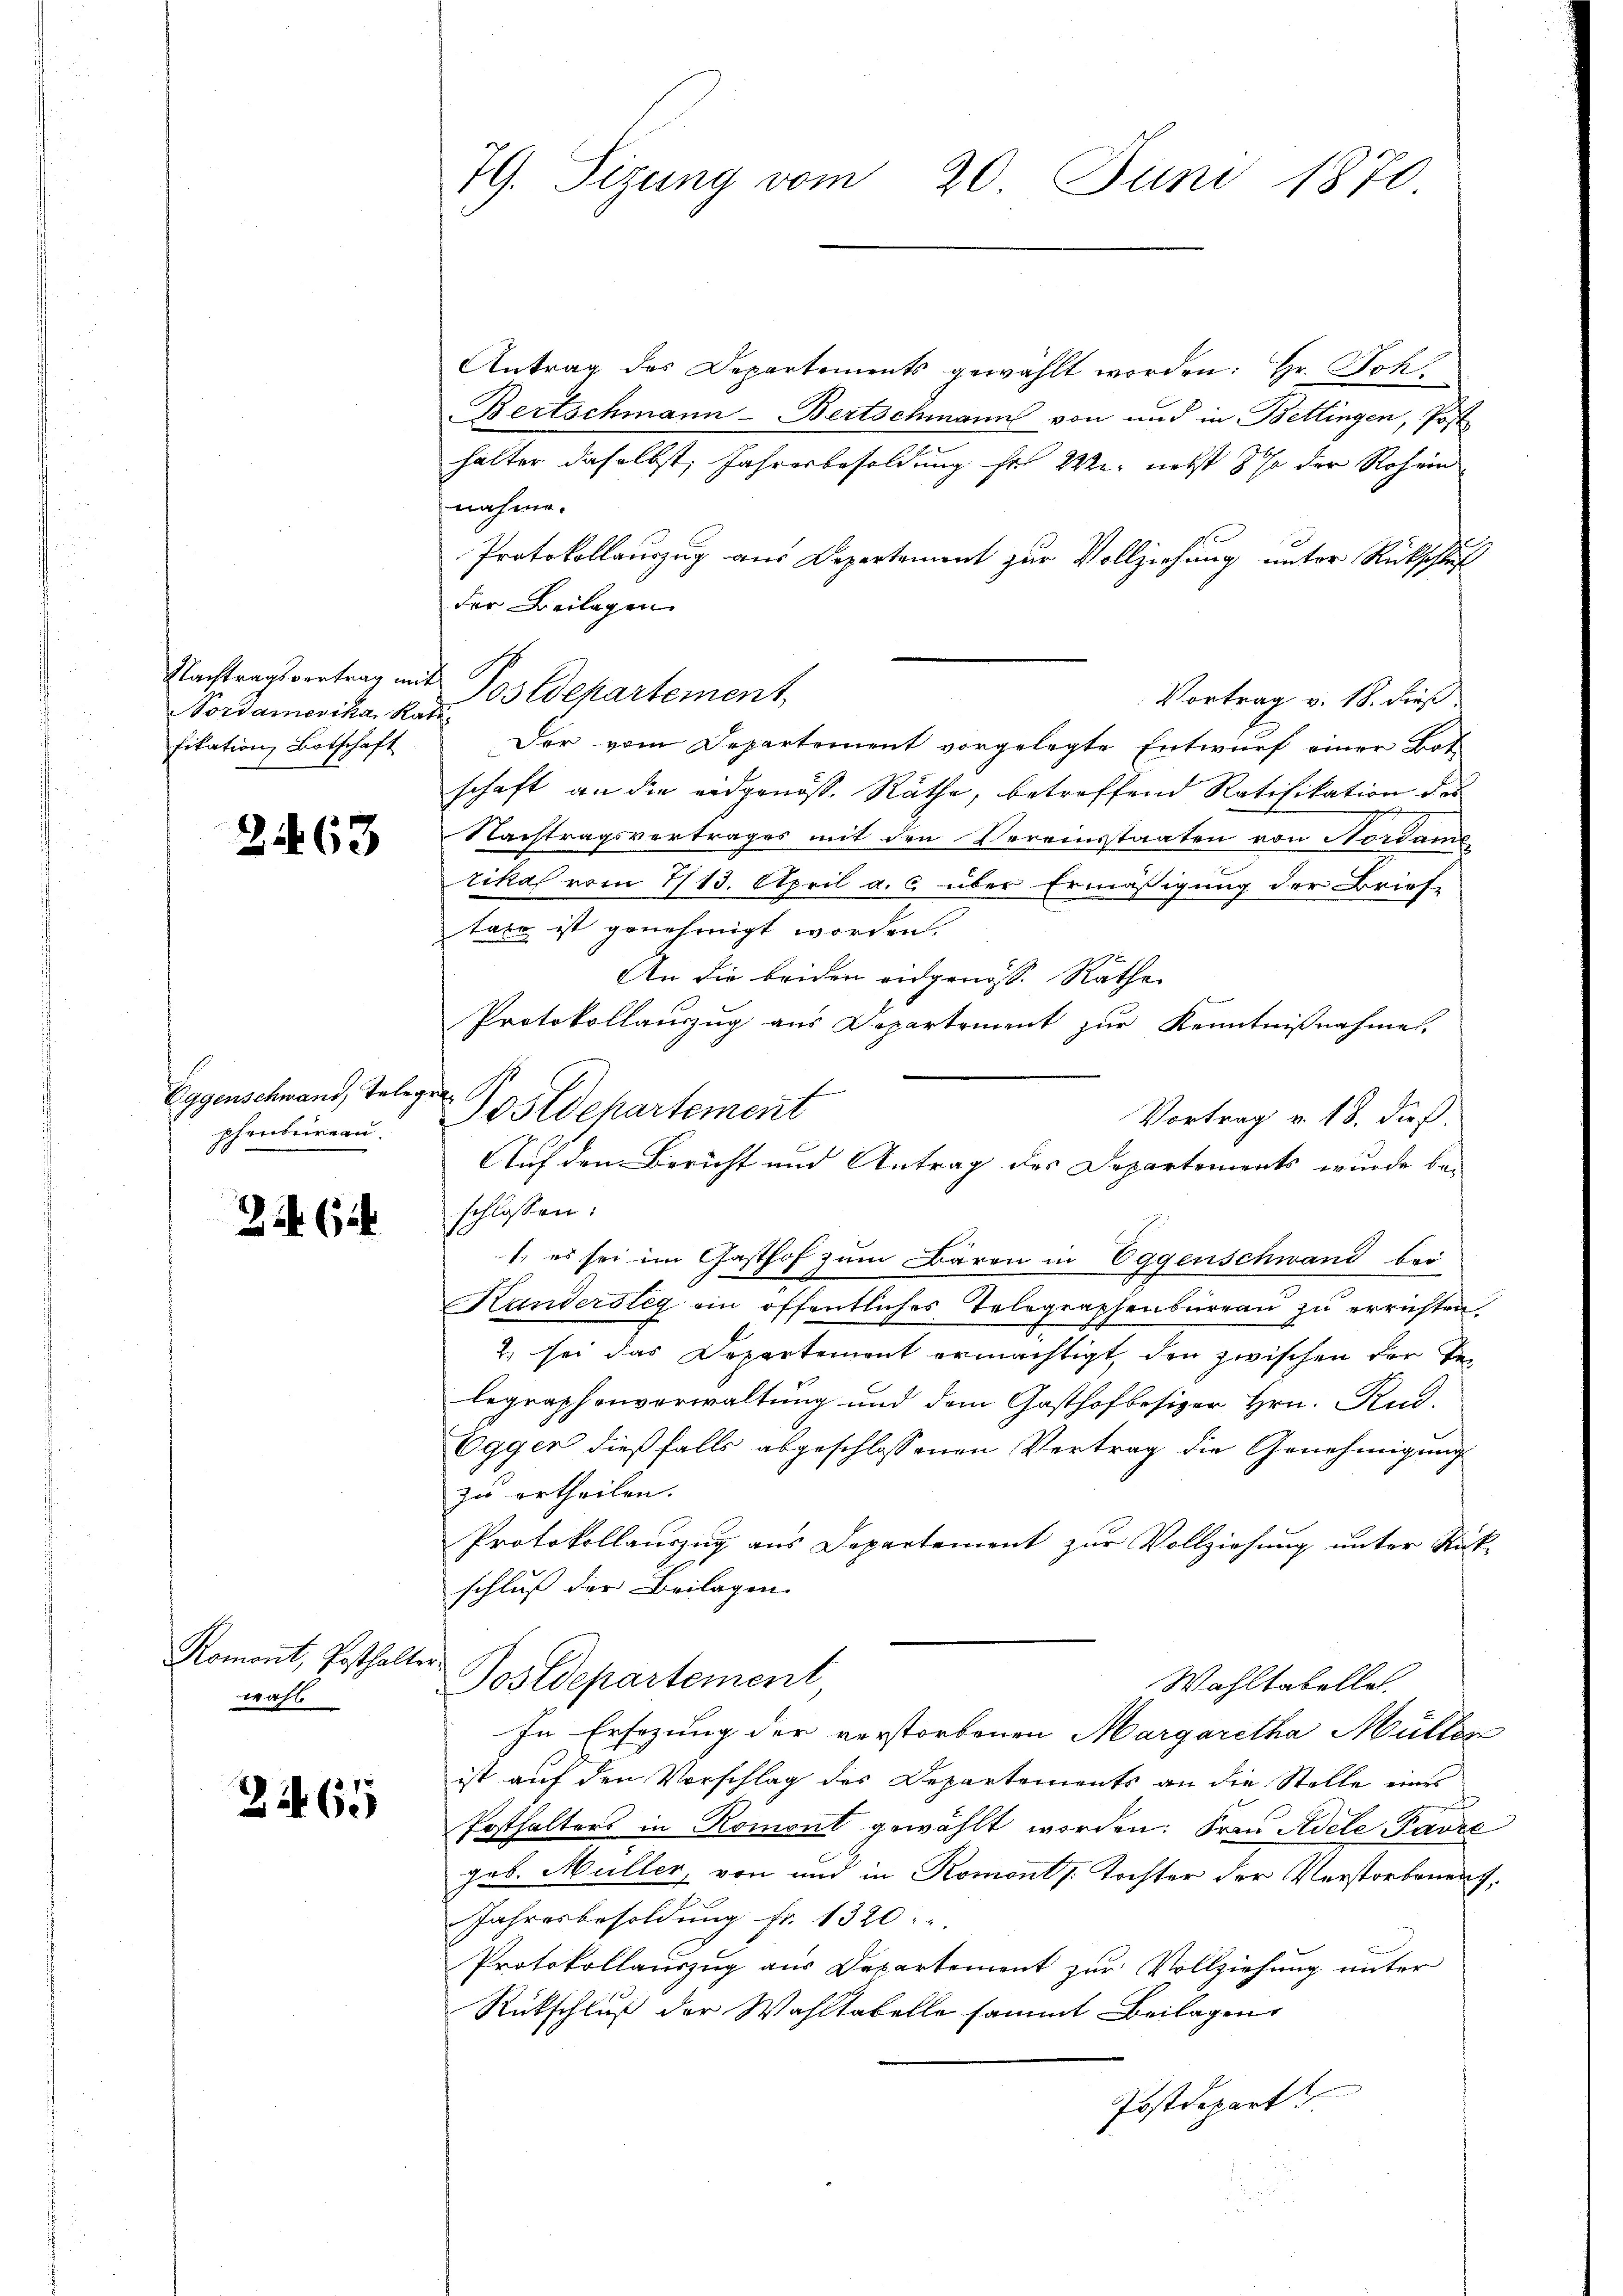
Vordamerika, Ratifikation Botschaft

21463

Eggenschwand, Teleg
phenbureau.

Z. Ci

Romont, Posthalte
wahl

21465

79. Sizung vom 20. Juni 1870

Antrag des Departements gewählt worden: Hr. Joh.
Bertschmann - Bertschmann von und in Bettingen, Post
halter daselbst, Jahresbesoldung her W. nebst so der Rohein
nahme.
Protokollauszug aus Departement zur Vollziehung unter Rückschluß
der Beilagen
Vortrag v. 18. dieß.
Der vom Departement vorgelegte Entwurf einer Bot
schaft an die eidgenöss. Räthe, betreffend Ratifikation des
Nachtragsvertrages mit den Vereinsstaaten von Nordame
tikal vom 1713. April a. c. über Ermäßigung der Brief-
taxe ist genehmigt worden.
An die beiden eidgenöss. Räthe
Protokollauszug aus Departement zur Kenntnißnahme.
Vortrag v. 18. dieß.
schlossen:
1. es sei im Gasthof zum Bären in Eggenschwand bei
Kanderstig ein öffentliches Telegraphenbüreaŭ zŭ errichten.
2 sei das Departement ermächtigt, den zwischen der Tebegraphenverwaltung und dem Gasthofbesizer Hrn. Rud.
Egger dießfalls abgeschlossenen Vertrag die Genehmigung
zu ertheilen.
Protokollauszug aus Departement zŭr Vollziehung unter Stük-
schluß der Beilagen.
4
Postdepartement
Wahltabelle
In Ersezung der verstorbenen Margaretha Müller
ist auf den Vorschlag des Departements an die Stelle eines
Posthalters in Romont gewählt worden. Frau Adele Pavre
geb. Müller, von und in Romont). Tochter der Verstorbenent,
Jahresbesoldung Fr. 1320.
Protokollauszug aus Departement zur Vollziehung unter
Rückschluß der Wahltabelle sammt Beilagen
Postdepart

Nachtragsvertrag mit Postdepartement,

de Postdepartement

|
Auf den Bericht und Antrag des Departements wurde be-